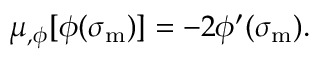
\mu _ { , \phi } [ \phi ( \sigma _ { \mathrm { m } } ) ] = - 2 \phi ^ { \prime } ( \sigma _ { \mathrm { m } } ) .